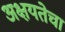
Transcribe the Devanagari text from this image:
अक्षयतेचा